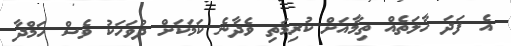
އެ ފަދަ ހާލަތެއް ތިމާއަށް ކުރިމަތި ވެދާނެ ކަމަކަށް ދުވަހަކު ވެސް ހަމްދާ